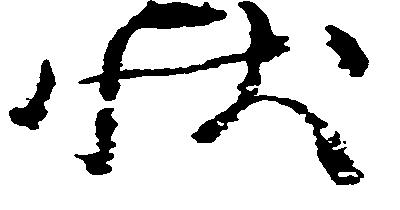
状